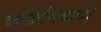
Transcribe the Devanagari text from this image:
व्हर्जिनियाध्ये